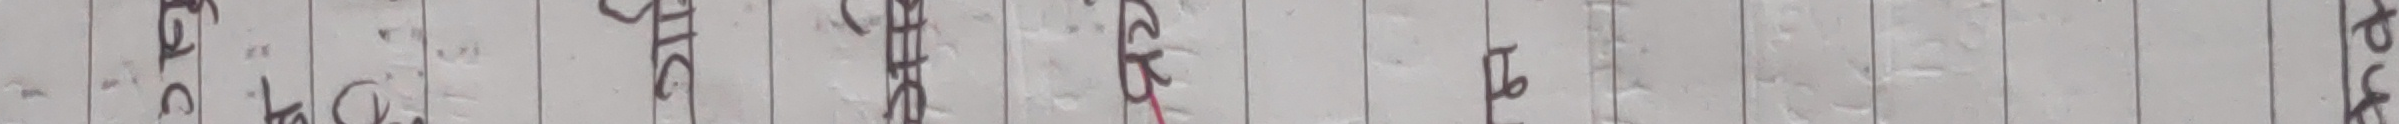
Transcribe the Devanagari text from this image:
इष्ट चक्र गस्त्र एक सम हर पट क